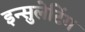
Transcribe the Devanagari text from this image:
इन्सुलेटिंग